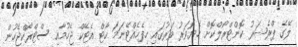
ލޭގެ ޕްރެޝަރު ކޮންޓްރޯލްކޮށް ހެޔޮވަރު ވަރުގައި ހިފެހެއްޓޭނަމަ ހާޓް އެޓޭކް ޖެހުމާއި ސްޓްރޯކްޖެހުން